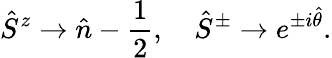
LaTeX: \hat{S}^{z}\rightarrow\hat{n}-\frac{1}{2},\quad\hat{S}^{\pm}\rightarrow e^{\pm i\hat{\theta}}.